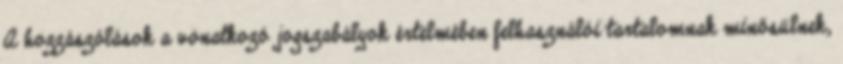
A hozzászólások a vonatkozó jogszabályok értelmében felhasználói tartalomnak minősülnek,